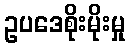
ဥပဒေစိုးမိုးမှု